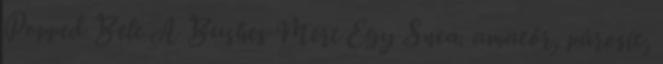
Popped Bele A Bushes Mert Egy Snea. amatőr, párosít,